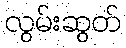
လွမ်းဆွတ်